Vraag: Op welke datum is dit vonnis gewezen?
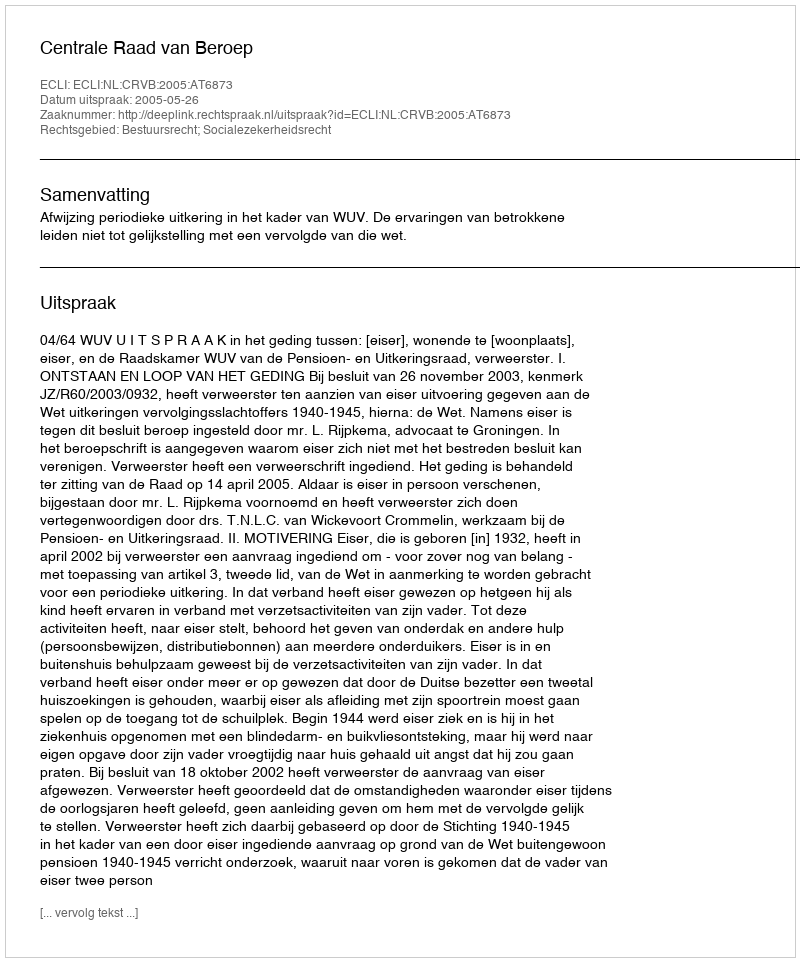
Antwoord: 2005-05-26